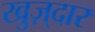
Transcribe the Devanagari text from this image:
खुज़्दार